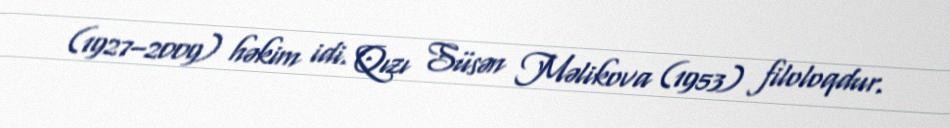
(1927–2009) həkim idi. Qızı Süsən Məlikova (1953) filoloqdur.